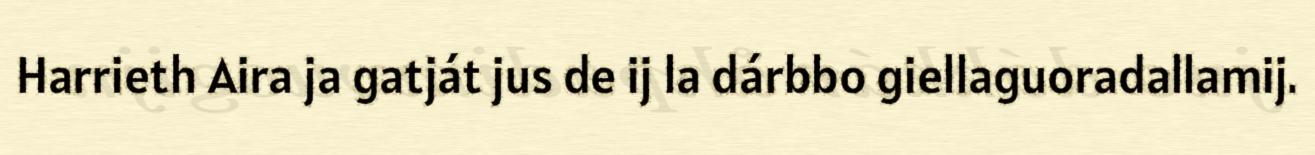
Harrieth Aira ja gatját jus de ij la dárbbo giellaguoradallamij.